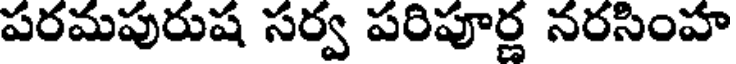
పరమపురుష సర్వ పరిపూర్ణ నరసింహ